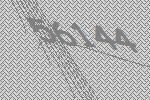
56144